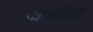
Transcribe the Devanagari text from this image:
ज़चारिया